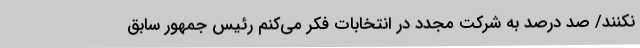
نکنند/ صد درصد به شرکت مجدد در انتخابات فکر می‌کنم رئیس جمهور سابق